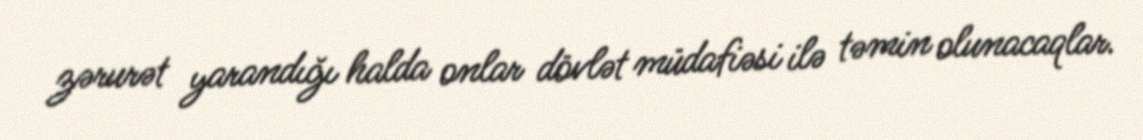
zərurət yarandığı halda onlar dövlət müdafiəsi ilə təmin olunacaqlar.